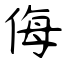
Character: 侮